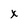
Character: x